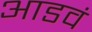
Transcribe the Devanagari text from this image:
आडवं